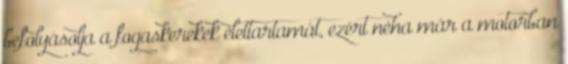
befolyásolja a fogaskerekek élettartamát, ezért néha már a motorban